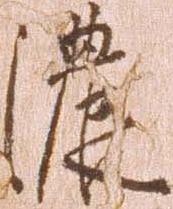
濃